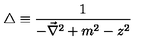
\triangle \equiv \frac { 1 } { - \vec { \nabla } ^ { 2 } + m ^ { 2 } - z ^ { 2 } }